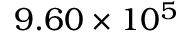
9 . 6 0 \times 1 0 ^ { 5 }